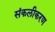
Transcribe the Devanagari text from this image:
संकलीकरण